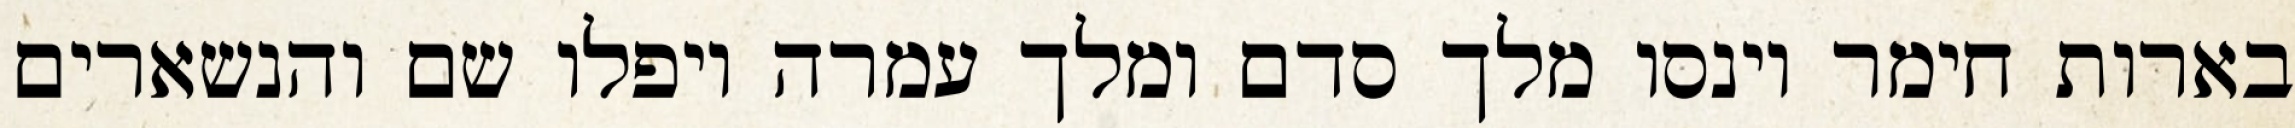
בארות חימר וינסו מלך סדם ומלך עמרה ויפלו שם והנשארים